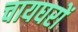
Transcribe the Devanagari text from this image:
चायघरों